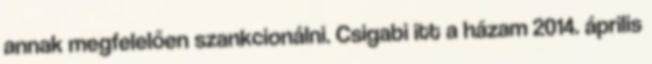
annak megfelelően szankcionálni. Csigabi itt a házam 2014. április